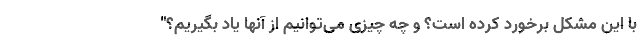
با این مشکل برخورد کرده است؟ و چه چیزی می‌توانیم از آنها یاد بگیریم؟"